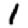
Digit: 1